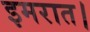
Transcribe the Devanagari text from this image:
इमरात।